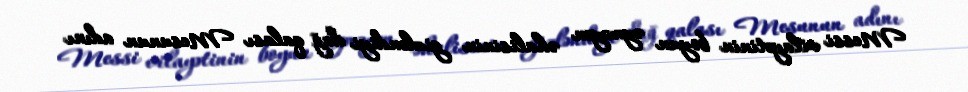
Messi vilayətinin boyun əyməyən əhalisinin gizləndiyi dağ qalası Mesunun adını